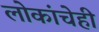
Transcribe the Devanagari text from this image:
लोकांचेही